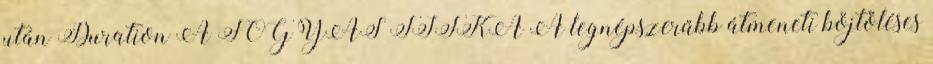
után Duration A FOGYÁS TITKA A legnépszerűbb átmeneti böjtöléses